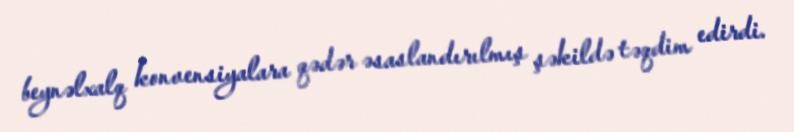
beynəlxalq konvensiyalara qədər əsaslandırılmış şəkildə təqdim edirdi.